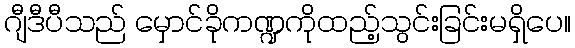
ဂျီဒီပီသည် မှောင်ခိုကဏ္ဍကိုထည့်သွင်းခြင်းမရှိပေ။